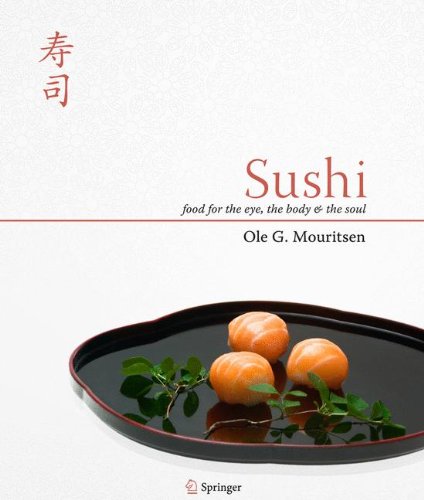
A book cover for Sushi: Food for the Eye, the Body and the Soul; Ole G. Mouritsen; Cookbooks, Food & Wine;